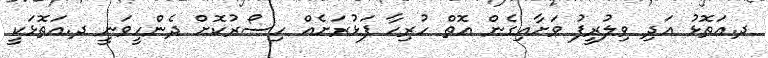
ދ.އަތޮޅު އަދި ވިލުރީފު ވަށާއިގެން އޮތް ހުރިހާ ފަޅުރަށެއް ހިސޯރުކޮށް ދެންހީވަނީ ދ.އަތޮޅަކީ